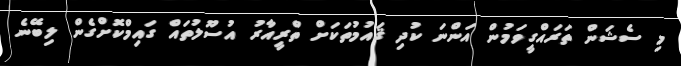
މި ސެޝަން ތަރައްގީވަމުން އަންނަ ކުދި ޤައުމުތަކަށް ތްރީއާރު އުސޫލުތައް ގައިމްކޮށްގެން ލިބޭނެ